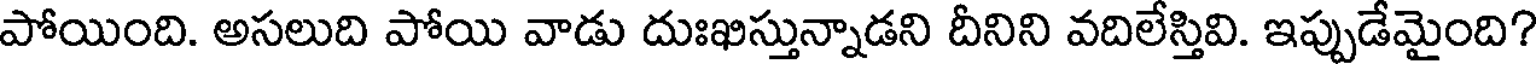
పోయింది. అసలుది పోయి వాడు దుఃఖిస్తున్నాడని దీనిని వదిలేస్తివి. ఇప్పుడేమైంది?